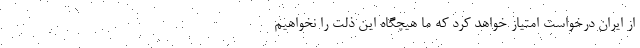
از ایران درخواست امتیاز خواهد کرد که ما هیچگاه این ذلت را نخواهیم